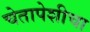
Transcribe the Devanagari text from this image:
चेतापेशीचा